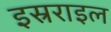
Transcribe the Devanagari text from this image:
इस्रराइल